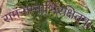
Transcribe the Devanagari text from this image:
रामनाम्नाभिरक्षितम्‌।